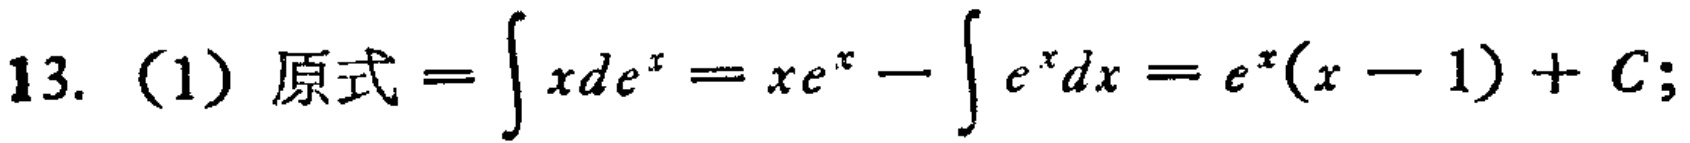
13. (1) 原式\(=\int xde^{x}=xe^{x}-\int e^{x}dx = e^{x}(x - 1)+C;\)